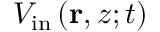
V _ { \mathrm { i n } } \left( \mathbf { r } , z ; t \right)